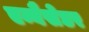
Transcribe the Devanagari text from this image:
एम्बैसेडर